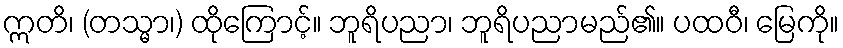
ဣတိ၊ (တသ္မာ၊) ထိုကြောင့်။ ဘူရိပညာ၊ ဘူရိပညာမည်၏။ ပထဝီ၊ မြေကို။